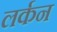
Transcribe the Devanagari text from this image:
लर्कन